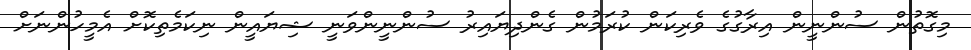
މިގޮތުން ސުންނީން އިރާގުގެ ވެރިކަން ކުރަމުން ގެންދިޔައިރު ސުންނީންވަނީ ޝިޔައީން ނިކަމެތިކޮށް އެމީހުންނަށް